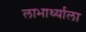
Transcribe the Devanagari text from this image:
लाभार्थ्याला